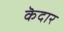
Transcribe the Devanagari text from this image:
कॆदार